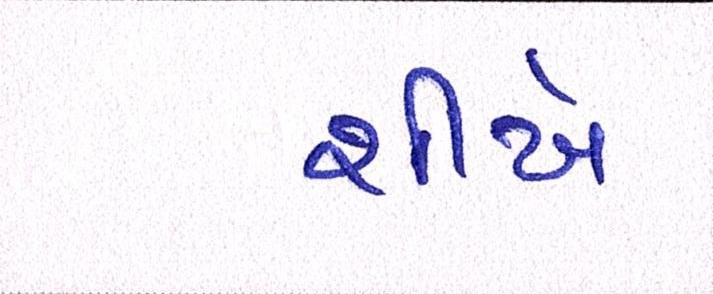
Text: શીખે